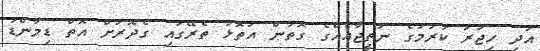
އަދި ހިޖުރަ ކުރުމުގެ ނަތީޖާއެއްގެ ގޮތުން އަތޮޅު ތެރޭގައި ގެދޮރަށް އޮތް ޑިމާންޑު